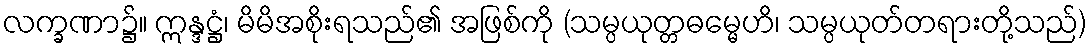
လက္ခဏာ၌။ ဣန္ဒဋ္ဌံ၊ မိမိအစိုးရသည်၏ အဖြစ်ကို (သမ္ပယုတ္တဓမ္မေဟိ၊ သမ္ပယုတ်တရားတို့သည်)